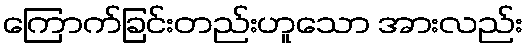
ကြောက်ခြင်းတည်းဟူသော အားလည်း